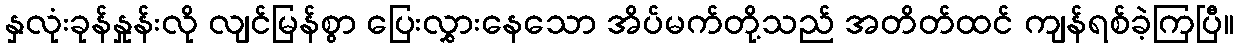
နှလုံးခုန်နှုန်းလို လျင်မြန်စွာ ပြေးလွှားနေသော အိပ်မက်တို့သည် အတိတ်ထင် ကျန်ရစ်ခဲ့ကြပြီ။